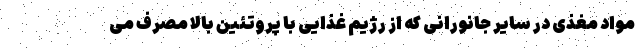
مواد مغذی در سایر جانورانی که از رژیم غذایی با پروتئین بالا مصرف می